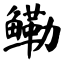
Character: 鳓